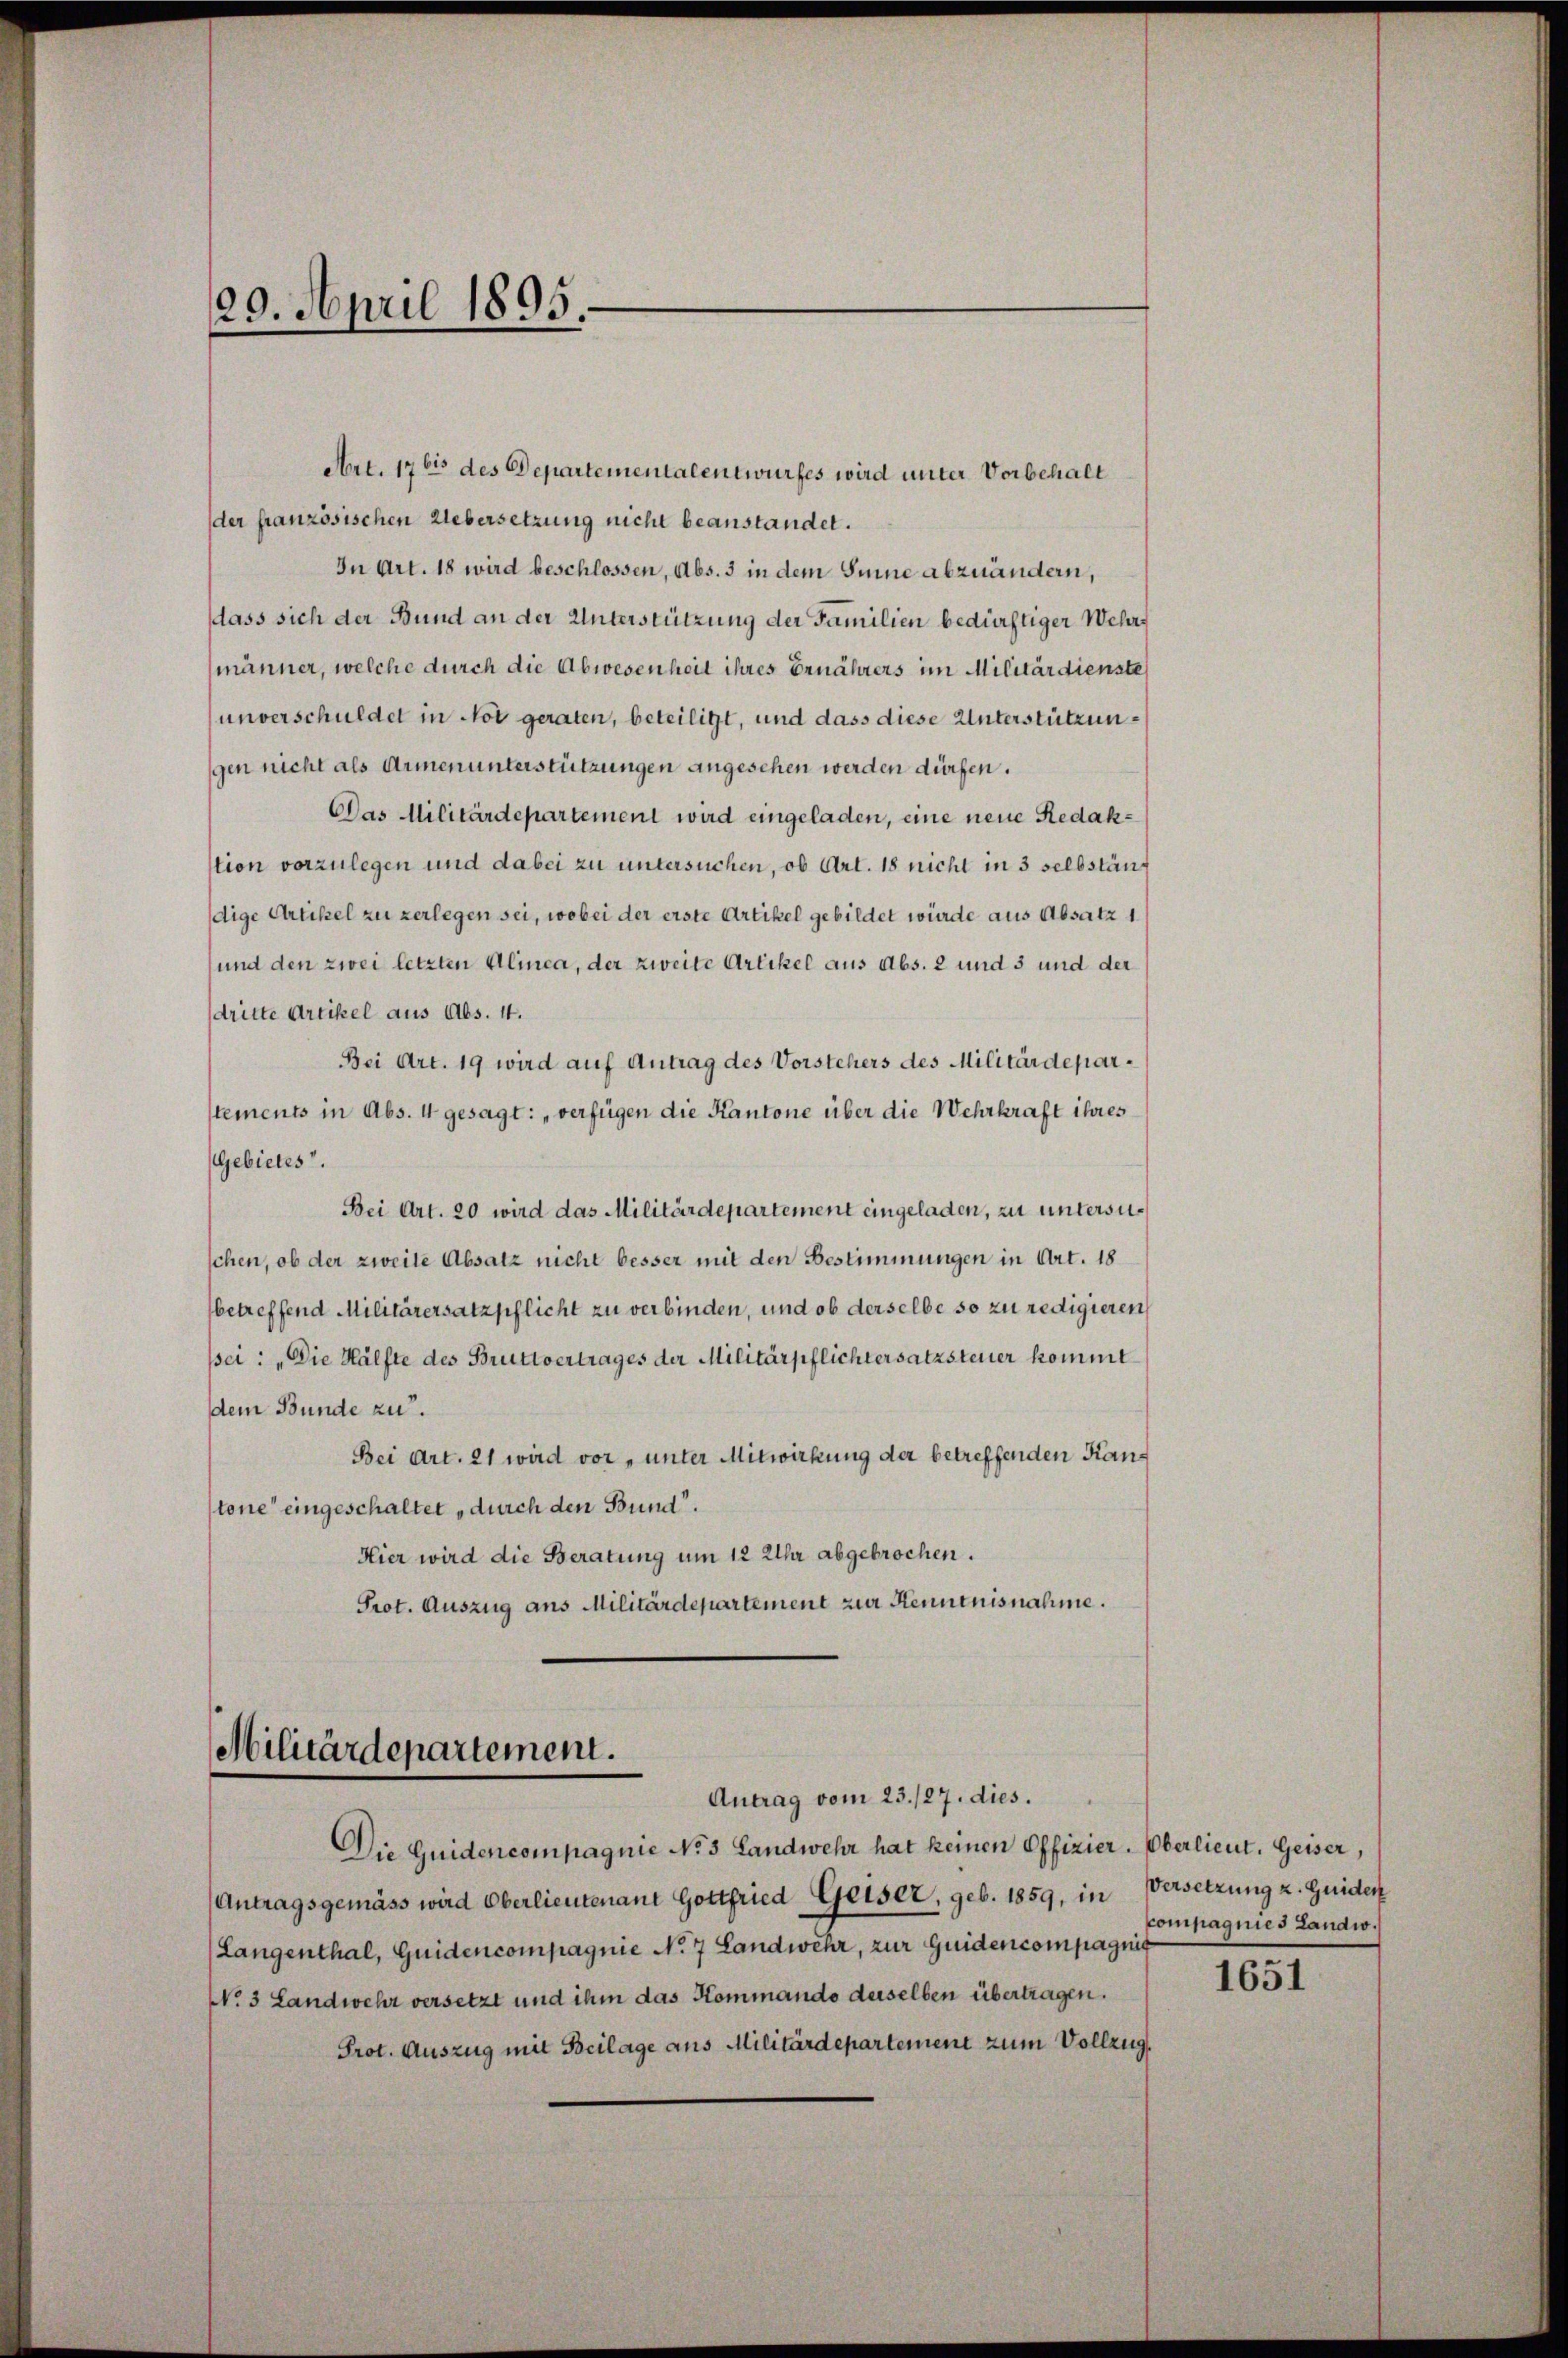
29. April 1895.

Militärdepartement.
Antrag vom 23./27. dies.

Art. 1761 des Departementalentwurfes wird unter Vorbehalt
der französischen Uebersetzung nicht beanstandet.
In Art. 18 wird beschlossen, Abs. 3 in dem Sinne abzuändern,
dass sich der Bund an der Unterstützung der Familien bedürftiger Wehrmänner, welche durch die Abwesenheit ihres Ernährers im Militärdienste
unverschuldet in Not geraten, beteiligt, und dass diese Unterstützungen nicht als Armenunterstützungen angesehen werden dürfen.
Das Militärdepartement wird eingeladen, eine neue Redak-
stion vorzulegen und dabei zu untersuchen, ob Art. 18 nicht in 3 selbständige Artikel zu verlegen sei, wobei der erste Artikel gebildet würde aus Absatz 1
und den zwei letzten Alinea, der zweite Artikel aus Abs. 2 und 3 und der
dritte Artikel aus Abs. 4.
Bei Art. 19 wird auf Antrag des Vorstehers des Militärdeparstements in Abs. 4 gesagt: „verfügen die Kantone über die Wehrkraft ihres
(Gebietes.
Bei Art. 20 wird das Militärdepartement eingeladen, zu untersuschen, ob der zweite Absatz nicht besser mit den Bestimmungen in Art. 18
betreffend Militärersatzpflicht zu verbinden, und ob derselbe so zu redigieren,
sei: „Die Hälfte des Bruttvertrages der Militärpflichtersatzsteuer kommt
dem Bunde zu.
Bei Art. 21 wird vor, unter Mitwirkung der betreffenden Kanstone eingeschaltet durch den Bund“.
Hier wird die Beratung um 12 Uhr abgebrochen.
Prot. Auszug aus Militärdepartement zur Kenntnisnahme.

Die Quidencompagnie No 3 Landwehr hat keinen Offizier. Oberlieut. Geiser,
(Antragsgemäss wird Oberlieutenant Gottfried Geiser, geb. 1859, in
(Langenthal, Guidencompagnie No 7 Landwehr, zur Guidencompagnis
No 3 Landwehr versetzt und ihm das Kommando derselben übertragen.
Prot. Auszug mit Beilage aus Militärdepartement zum Vollzug.

Versetzung z. Guider
compagnies Landw.

1651